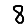
Digit: 8